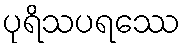
ပုရိသပရဿေ